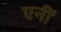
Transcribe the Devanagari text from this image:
एनीं